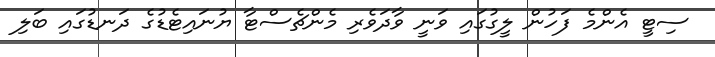
ސިޓީ އެންމެ ފަހުން ލީގުގައި ވަނީ ވާދަވެރި މެންޗެސްޓާ ޔުނައިޓެޑުގެ ދަނޑުގައި ބަލި